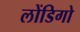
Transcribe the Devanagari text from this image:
लोंडिगो